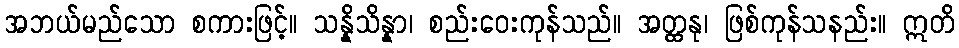
အဘယ်မည်သော စကားဖြင့်။ သန္နိသိန္နာ၊ စည်းဝေးကုန်သည်။ အတ္ထနု၊ ဖြစ်ကုန်သနည်း။ ဣတိ